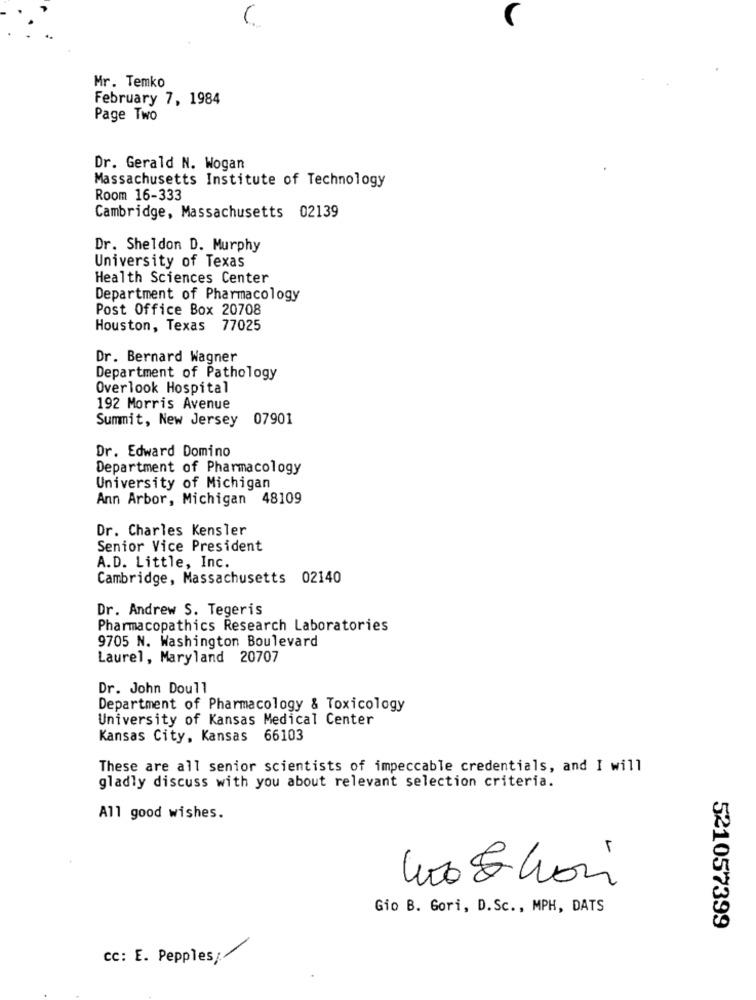
Mr. Temko
February 7, 1984
Page Two
Dr. Gerald N. Wogan
Massachusetts Institute of Technology
Room 16-333
Cambridge, Massachusetts 02139
Dr. Sheldon D. Murphy
University of Texas
Health Sciences Center
Department of Pharmacology
Post Office Box 20708
Houston, Texas 77025
Dr. Bernard Wagner
Department of Pathology
Overlook Hospital
192 Morris Avenue
Summit, New Jersey 07901
Dr. Edward Domino
Department of Pharmacology
University of Michigan
Ann Arbor, Michigan 48109
Dr. Charles Kensler
Senior Vice President
A.D. Little, Inc.
Cambridge, Massachusetts 02140
Dr. Andrew S. Tegeris
Pharmacopathics Research Laboratories
9705 N. Washington Boulevard
Laurel, Maryland 20707
Dr. John Doull
Department of Pharmacology & Toxicology
University of Kansas Medical Center
Kansas City, Kansas 66103
These are all senior scientists of impeccable credentials, and I will
gladly discuss with you about relevant selection criteria.
All good wishes.
-
Gio B. Gori, D.Sc ., MPH, DATS
521057399
cc: E. Pepples;